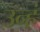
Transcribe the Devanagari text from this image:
उन्हं